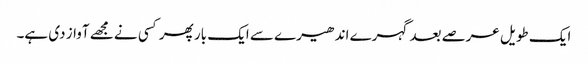
ایک طویل عرصے بعد گہرے اندھیرے سے ایک بار پھر کسی نے مجھے آواز دی ہے۔